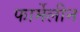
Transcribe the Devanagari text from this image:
फार्मेलीन